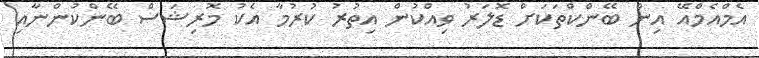
އެމްއެމްއޭ އިން ބޭންކްތަކަށް ޑޮލަރު ވިއްކުން އިތުރު ކުރުމާ އެކު މޮރިޝަސް ބޭންކުންނާއި